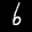
Label: 6